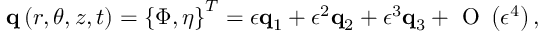
\mathbf { q } \left( r , \theta , z , t \right) = \left\{ \Phi , \eta \right\} ^ { T } = \epsilon \mathbf { q } _ { 1 } + \epsilon ^ { 2 } \mathbf { q } _ { 2 } + \epsilon ^ { 3 } \mathbf { q } _ { 3 } + \mathrm { ~ O ~ } \left( \epsilon ^ { 4 } \right) ,